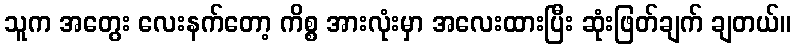
သူက အတွေး လေးနက်တော့ ကိစ္စ အားလုံးမှာ အလေးထားပြီး ဆုံးဖြတ်ချက် ချတယ်။